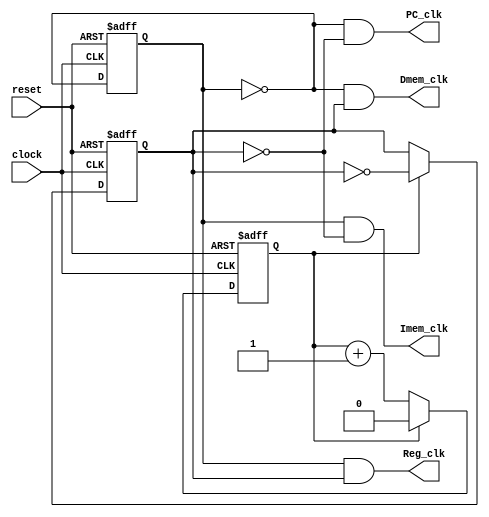
module p_clock(clock, reset,  Imem_clk, Dmem_clk, PC_clk,Reg_clk);
  input clock,reset;
  output PC_clk, Imem_clk, Reg_clk, Dmem_clk;
  reg clk_25,clk_4;
  reg counter;

always@(posedge clock or posedge reset)begin
	if(reset)begin
		clk_25<=0;
	end
	else begin
   clk_25 = ~clk_25;
	end
end


always @(posedge clock or posedge reset) begin
	if (reset) begin
		// reset
		counter <= 0;
	end
	else if (counter == 1) begin
		counter <= 0;
	end
	else begin
		counter <= counter + 1;
	end
end

always @(posedge clock or posedge reset) begin
	if (reset) begin
		// reset
		clk_4 <= 0;
	end
	else if (counter == 1) begin
		clk_4 <= !clk_4;
	end
end

 assign PC_clk = ~clk_25 & ~clk_4;
 assign Reg_clk = clk_25 & clk_4;
 assign Imem_clk = clk_25 & ~clk_4;
 assign Dmem_clk = ~clk_25 & clk_4;

endmodule